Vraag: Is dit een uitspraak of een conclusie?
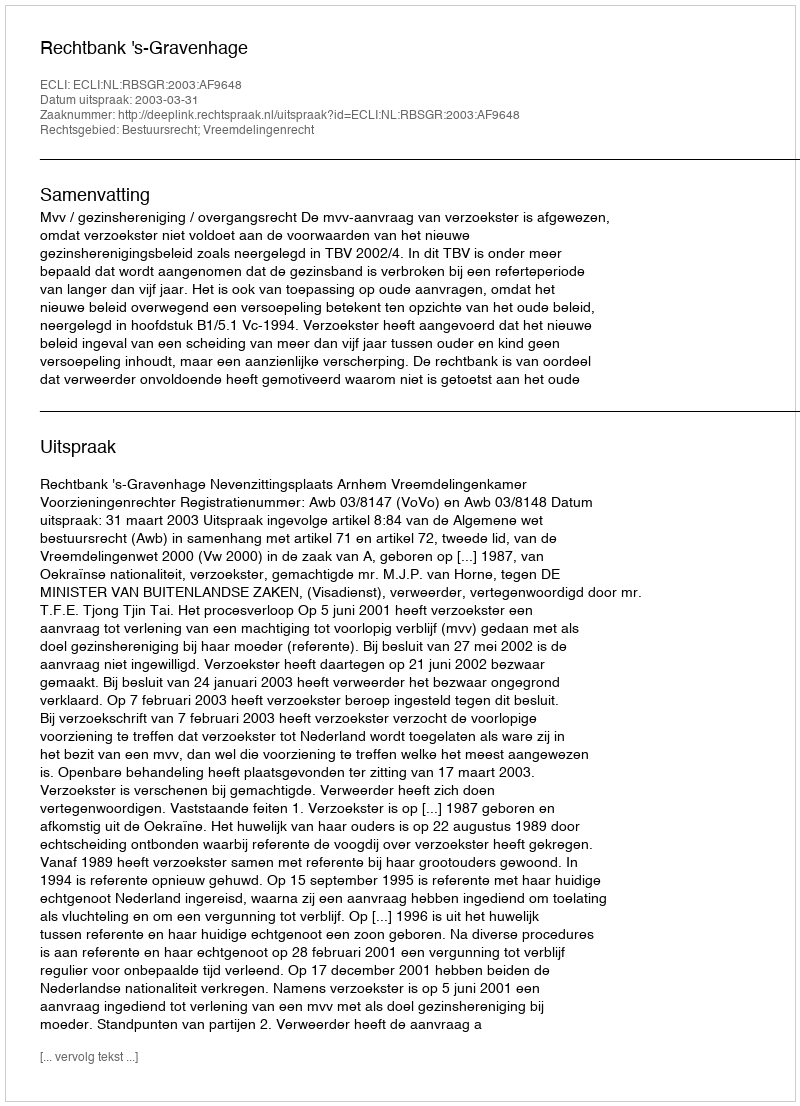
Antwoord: Uitspraak